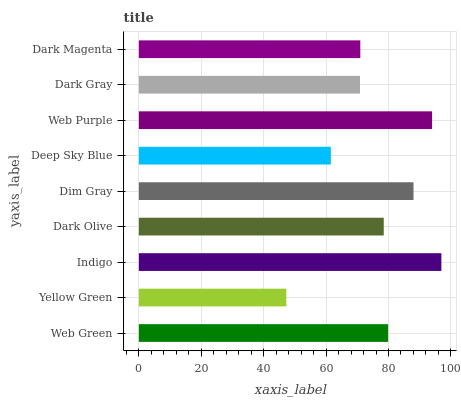
| yaxis_label | bars |
 | --- | --- |
 | Web Green | 79.9 |
 | Yellow Green | 47.3 |
 | Indigo | 96.9 |
 | Dark Olive | 78.5 |
 | Dim Gray | 88 |
 | Deep Sky Blue | 61.5 |
 | Web Purple | 94 |
 | Dark Gray | 70.9 |
 | Dark Magenta | 71 |